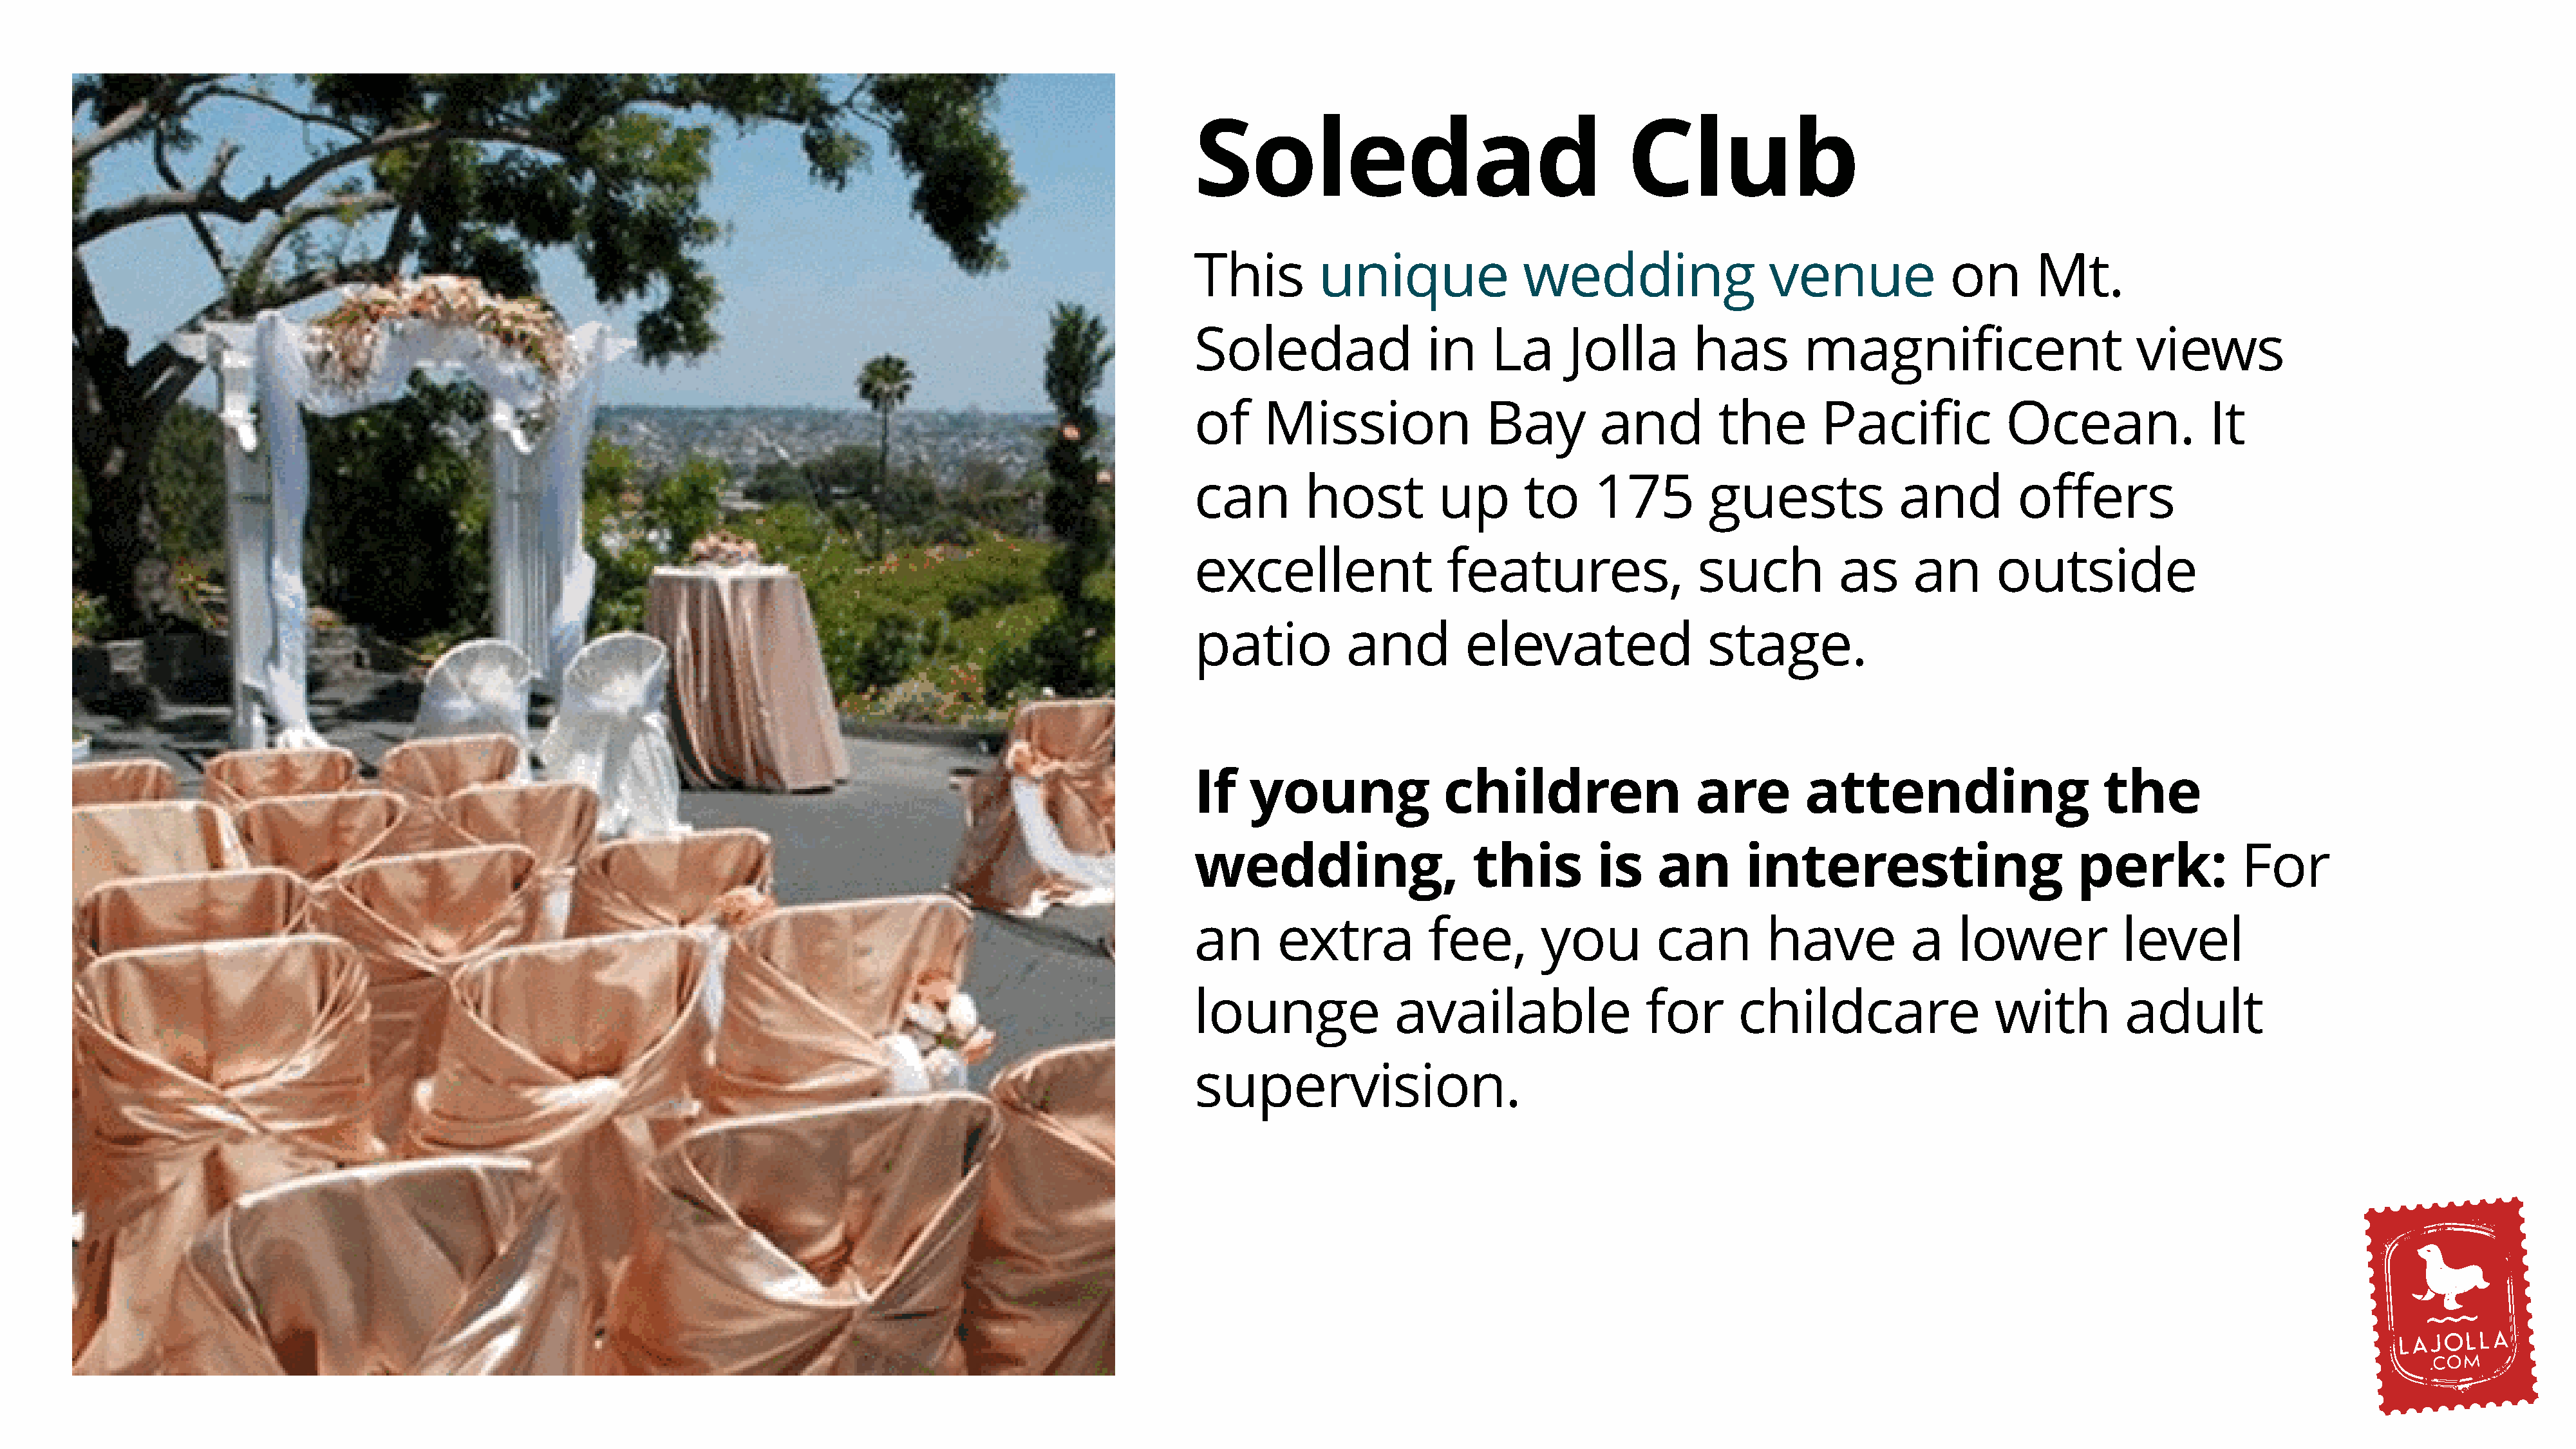
Soledad                                     Club
 This         unique               wedding                  venue             on       Mt.
 Soledad                 in    La      Jolla        has        magnificent                        views
 of     Mission                Bay        and          the       Pacific            Ocean.               It
 can        host          up       to     175         guests             and         offers
 excellent                 features,                such           as      an      outside
 patio          and          elevated                stage.
 If   young               children                  are         attending                     the
 wedding,                    this         is    an       interesting                       perk:             For
 an      extra           fee,       you         can         have          a    lower            level
 lounge              available                 for       childcare                 with         adult
 supervision.